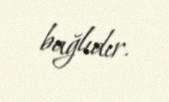
bağlıdır.